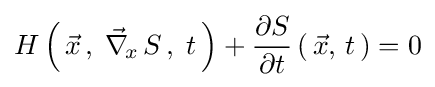
H\left(\,{\vec {x}}\,,\;{\vec {\nabla }}_{\!x}\,S\,,\;t\,\right)+{\partial S \over \partial t}\left(\,{\vec {x}},\,t\,\right)=0